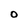
Character: O